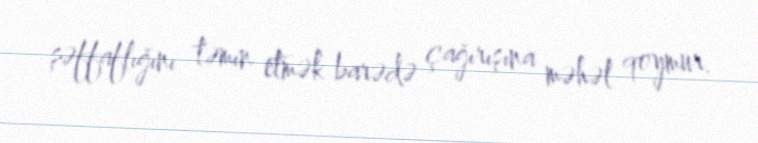
şəffaflığını təmin etmək barədə çağırışına məhəl qoymur.